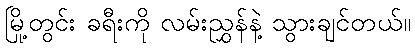
မြို့တွင်း ခရီးကို လမ်းညွှန်နဲ့ သွားချင်တယ်။